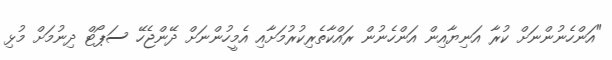
"އަންހެނުންނަށް ކުރާ އަނިޔާއިން އަންހެނުން ރައްކާތެރިކުރުމަށާއި އެމީހުންނަށް ދޭންޖެހޭ ސަޕޯޓް ދިނުމަށް މުޅި